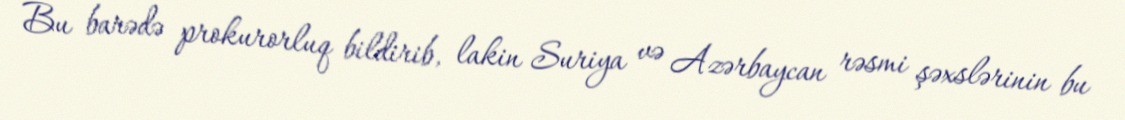
Bu barədə prokurorluq bildirib, lakin Suriya və Azərbaycan rəsmi şəxslərinin bu